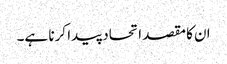
ان کا مقصد اتحاد پیدا کرنا ہے۔